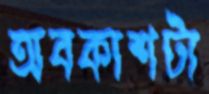
অবকাশটা